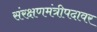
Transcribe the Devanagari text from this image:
संरक्षणमंत्रीपदावर